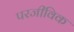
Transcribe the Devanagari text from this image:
परजीविक